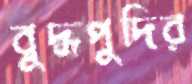
বুদ্ধপুদির